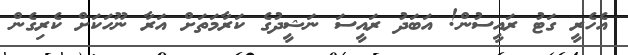
އެހެރީ ގަޓު ރައީސުން! އަބަދު ރައީސަ ނަޝީދުގެ ކަރާމަތަށް އަރާ ނޫހަކަށް ކެރިގެން